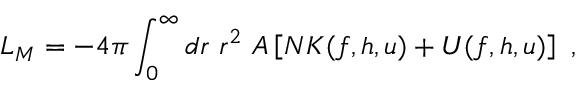
{ \cal L } _ { M } = - 4 \pi \int _ { 0 } ^ { \infty } d r \ r ^ { 2 } \ A \left[ N { \cal { K } } ( f , h , u ) + { \cal { U } } ( f , h , u ) \right] \ ,